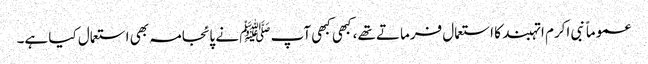
عموماً نبی اکرم ا تہبند کا استعمال فرماتے تھے، کبھی کبھی آپ ﷺ نے پائجامہ بھی استعمال کیا ہے۔